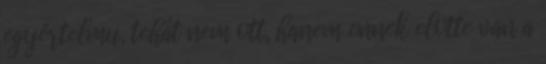
egyértelmu, tehát nem ott, hanem ennek elotte van a